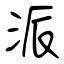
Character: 派